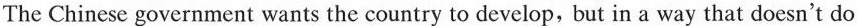
The Chinese government wants the country to develop,but in a way that doesn't do